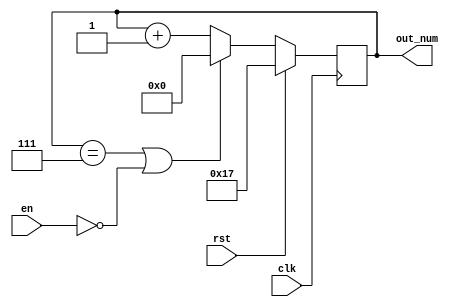
`timescale 1ns / 1ps
//////////////////////////////////////////////////////////////////////////////////
// Company: 
// Engineer: 
// 
// Design Name: 
// Module Name: cnt_multi_4
// Project Name: 
// Target Devices: 
// Tool Versions: 
// Description: 
// 
// Dependencies: 
// 
// Revision:
// Revision 0.01 - File Created
// Additional Comments:
// 
//////////////////////////////////////////////////////////////////////////////////


module cnt_multi_4(
                    clk,
                    rst,
                    en,
                    out_num
                    );
    input clk;
    input rst;
    input en;
    output signed [4:0] out_num;
    reg signed [4:0] out_num;
    
    always@(posedge clk) begin
        if (rst)
            out_num <= - 5'd9;
        else if (out_num == 5'd7 || en == 0)
            out_num <= 0;
        else
            out_num <= out_num + 5'd1;
    end
endmodule